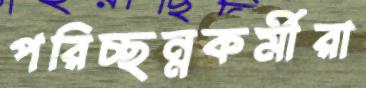
পরিচ্ছন্নকর্মীরা